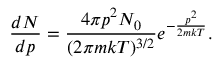
\frac { d N } { d p } = \frac { 4 \pi p ^ { 2 } N _ { 0 } } { ( 2 \pi m k T ) ^ { 3 / 2 } } e ^ { - \frac { p ^ { 2 } } { 2 m k T } } .